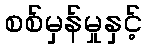
စစ်မှန်မှုနှင့်